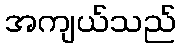
အကျယ်သည်